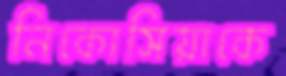
নিকোসিয়াকে